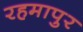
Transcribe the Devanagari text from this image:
रहमापुर